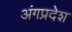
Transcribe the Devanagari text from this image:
अंगप्रदेश